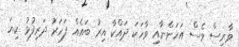
ވާރިސް ވެސް އަހަންނާއި ވާހަކަ ދައްކާ އިރު ބައެއް ފަހަރު ދަރިފުޅު ކިޔަ